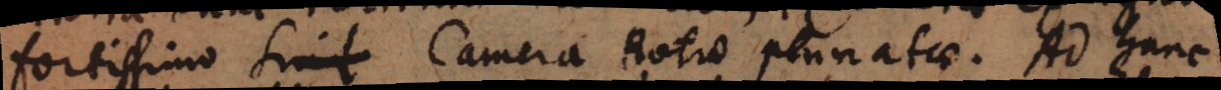
fortissimo sit Camera Rotae pinnatae. Ad hanc